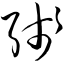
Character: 线